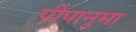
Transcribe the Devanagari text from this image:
पीपानुमा